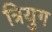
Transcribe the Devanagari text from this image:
त्रियुग